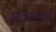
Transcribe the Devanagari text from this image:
आकाशचरों